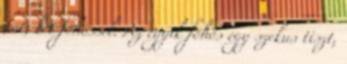
fut, két főhőssel. Az egyik főhős egy szekus tiszt,